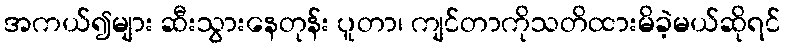
အကယ်၍များ ဆီးသွားနေတုန်း ပူတာ၊ ကျင်တာကိုသတိထားမိခဲ့မယ်ဆိုရင်